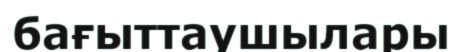
бағыттаушылары